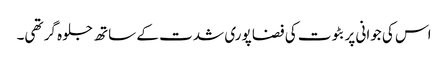
اس کی جوانی پر بٹوت کی فضا پوری شدت کے ساتھ جلوہ گر تھی۔